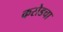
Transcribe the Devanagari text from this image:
करोडचा